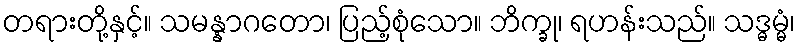
တရားတို့နှင့်။ သမန္နာဂတော၊ ပြည့်စုံသော။ ဘိက္ခု၊ ရဟန်းသည်။ သဒ္ဓမ္မံ၊